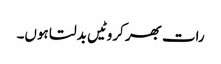
رات بھر کروٹیں بدلتا ہوں۔